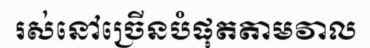
រស់នៅច្រើនបំផុតតាមវាល